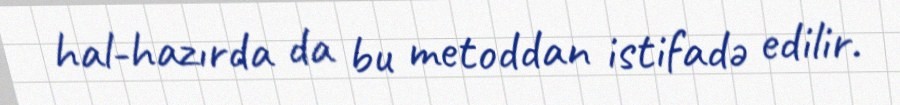
hal-hazırda da bu metoddan istifadə edilir.